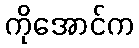
ကိုအောင်က